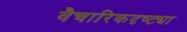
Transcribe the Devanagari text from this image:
वैचारिकदृष्‍ट्या